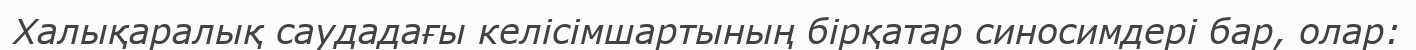
Халықаралық саудадағы келісімшартының бірқатар синосимдері бар, олар: